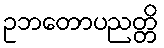
ဥဘတောပညတ္တိ